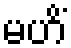
မဟိံ